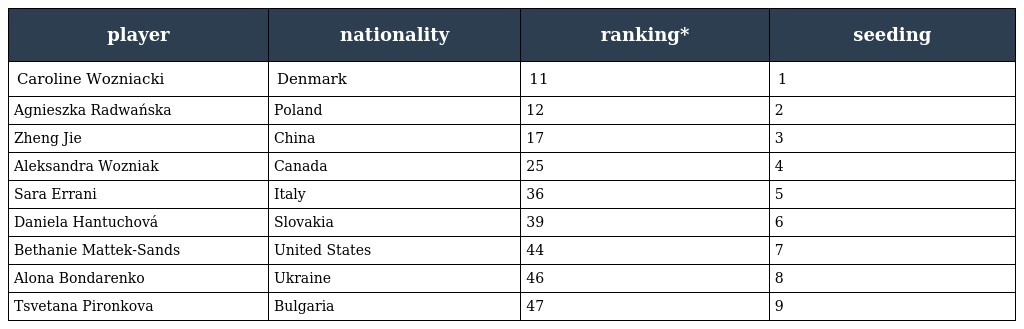
| player | nationality | ranking* | seeding |
 | --- | --- | --- | --- |
 | Caroline Wozniacki | Denmark | 11 | 1 |
 | Agnieszka Radwańska | Poland | 12 | 2 |
 | Zheng Jie | China | 17 | 3 |
 | Aleksandra Wozniak | Canada | 25 | 4 |
 | Sara Errani | Italy | 36 | 5 |
 | Daniela Hantuchová | Slovakia | 39 | 6 |
 | Bethanie Mattek-Sands | United States | 44 | 7 |
 | Alona Bondarenko | Ukraine | 46 | 8 |
 | Tsvetana Pironkova | Bulgaria | 47 | 9 |